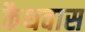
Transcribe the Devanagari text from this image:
कैथवास